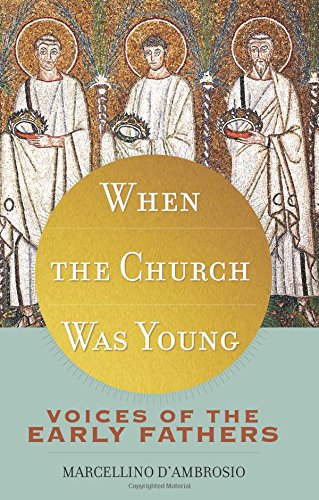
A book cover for When the Church Was Young: Voices of the Early Fathers; Marcellino D'Ambrosio Ph.D.; Christian Books & Bibles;